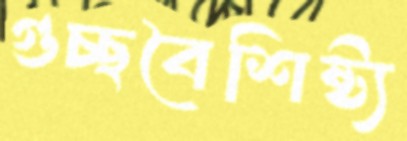
গুচ্ছবৈশিষ্ট্য